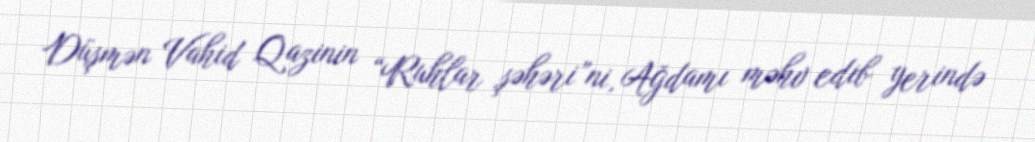
Düşmən Vahid Qazinin “Ruhlar şəhəri”ni, Ağdamı məhv edib yerində